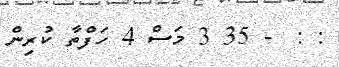
: :  - 35 3 މަސް 4 ހަފްތާ ކުރިން